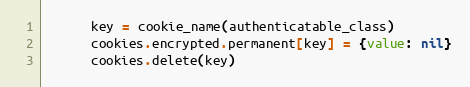
Language: Ruby
      key = cookie_name(authenticatable_class)
      cookies.encrypted.permanent[key] = {value: nil}
      cookies.delete(key)